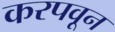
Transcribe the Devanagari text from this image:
करपवून